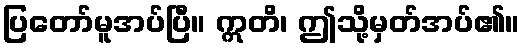
ပြတော်မူအပ်ပြီ။ ဣတိ၊ ဤသို့မှတ်အပ်၏။